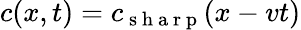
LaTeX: c(x,t)=c_{\mathrm{~s~h~a~r~p~}}(x-vt)